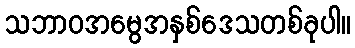
သဘာဝအမွေအနှစ်ဒေသတစ်ခုပါ။